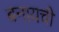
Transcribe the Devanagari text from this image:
बनायची